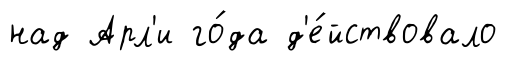
над Арл'и го́да д'е́йствовало